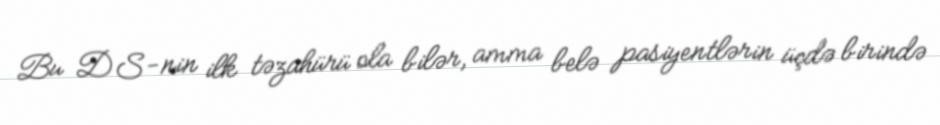
Bu DS-nin ilk təzahürü ola bilər, amma belə pasiyentlərin üçdə birində